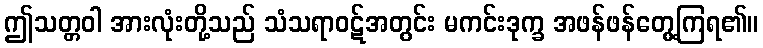
ဤသတ္တဝါ အားလုံးတို့သည် သံသရာဝဋ်အတွင်း မကင်းဒုက္ခ အဖန်ဖန်တွေ့ကြရ၏။